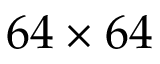
6 4 \times 6 4